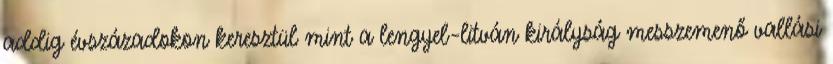
addig évszázadokon keresztül mint a lengyel–litván királyság messzemenő vallási